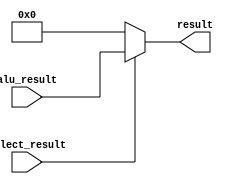
module result_mux (
	input select_result,
	input [7:0] alu_result,
	output [7:0] result
);
	assign result = (select_result)?alu_result:8'b0;
endmodule